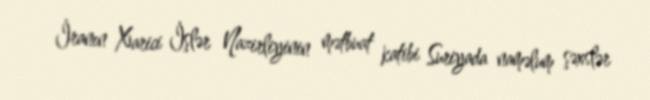
İranın Xarici İşlər Nazirliyinin mətbuat katibi Suriyada naməlum şəxslər